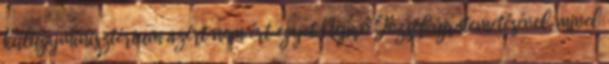
külügyminisztérium azért nem ért egyet Nyírő József újratemetésével, mivel